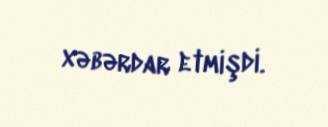
xəbərdar etmişdi.